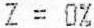
Z = 0%